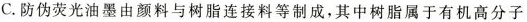
C.防伪荧光油墨由颜料与树脂连接料等制成，其中树脂属于有机高分子